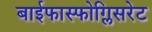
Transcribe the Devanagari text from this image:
बाईफास्फोग्लिसरेट